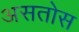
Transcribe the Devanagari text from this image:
असतोस